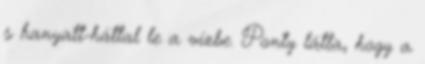
s hanyatt-háttal le a vízbe. Ponty látta, hogy a